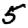
Digit: 5